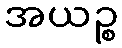
အယဉ္စ